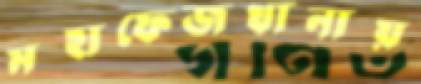
মহাফেজখানায়